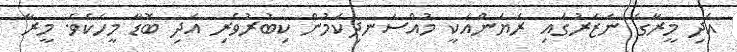
އަދި މީރާގެ ނަޒަރުގައި ރަޔަންއަކީ މުއްސަނދިކަމުން ކިބުރުވެރި އަދި ބޮޑާ މީހެކެވެ. މީރާ